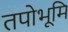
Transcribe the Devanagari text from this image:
तपोभूमि